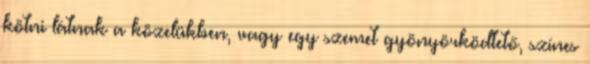
kötni látnak a közelükben, vagy egy szemet gyönyörködtető, színes